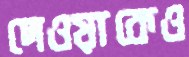
দেওয়াকেও